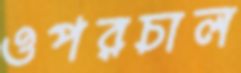
ওপরচাল